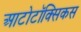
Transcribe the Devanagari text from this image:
आटोटॉक्सिकस